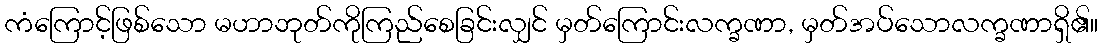
ကံကြောင့်ဖြစ်သော မဟာဘုတ်ကိုကြည်စေခြင်းလျှင် မှတ်ကြောင်းလက္ခဏာ, မှတ်အပ်သောလက္ခဏာရှိ၏။